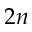
2 n